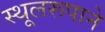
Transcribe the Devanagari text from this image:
स्थूलरूपाने